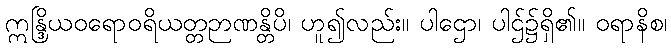
ဣန္ဒြိယဝရောဝရိယတ္တဉာဏန္တိပိ၊ ဟူ၍လည်း။ ပါဌော၊ ပါဌ်၌ရှိ၏။ ဝရာနိစ၊